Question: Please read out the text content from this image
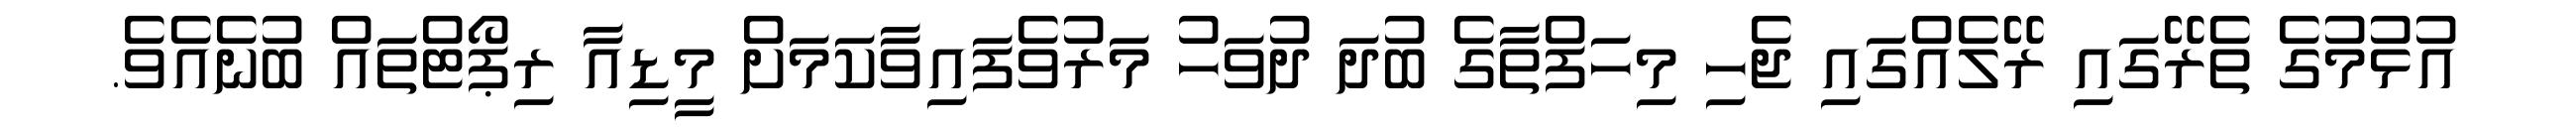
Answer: އުޅުމުގެ ތެރޭގައި ރޭލެއްގައި ޖެހި މިހަފްތާގެ ބުދަ ދުވަހު މަރުވެފައިވާކަމަށް މީޑިއާ ރިޕޯޓްތައް ބުނެއެވެ.